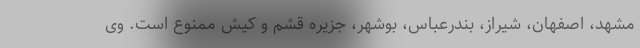
مشهد، اصفهان، شیراز، بندرعباس، بوشهر، جزیره قشم و کیش ممنوع است. وی